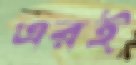
এরই